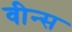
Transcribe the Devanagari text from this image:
वीन्स